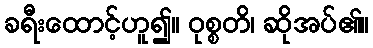
ခရီးထောင့်ဟူ၍။ ဝုစ္စတိ၊ ဆိုအပ်၏။